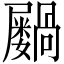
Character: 𫵭